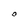
Character: o